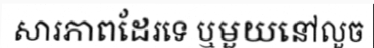
សារភាពដែរទេ ឬមួយនៅលួច